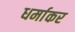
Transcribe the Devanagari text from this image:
धर्माकर